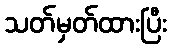
သတ်မှတ်ထားပြီး